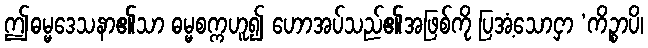
ဤဓမ္မဒေသနာ၏သာ ဓမ္မစက္ကဟူ၍ ဟောအပ်သည်၏အဖြစ်ကို ပြအံ့သောငှာ ‘ကိဉ္စာပိ၊